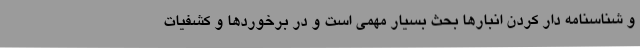
و شناسنامه دار کردن انبارها بحث بسیار مهمی است و در برخوردها و کشفیات